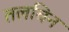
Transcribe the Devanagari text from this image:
तलविन